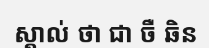
ស្គាល់ ថា ជា ចឺ ឆិន